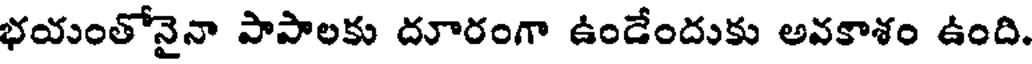
భయంతోనైనా పాపాలకు దూరంగా ఉండేందుకు అవకాశం ఉంది.